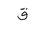
Letter: _qaf